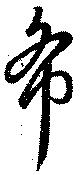
希